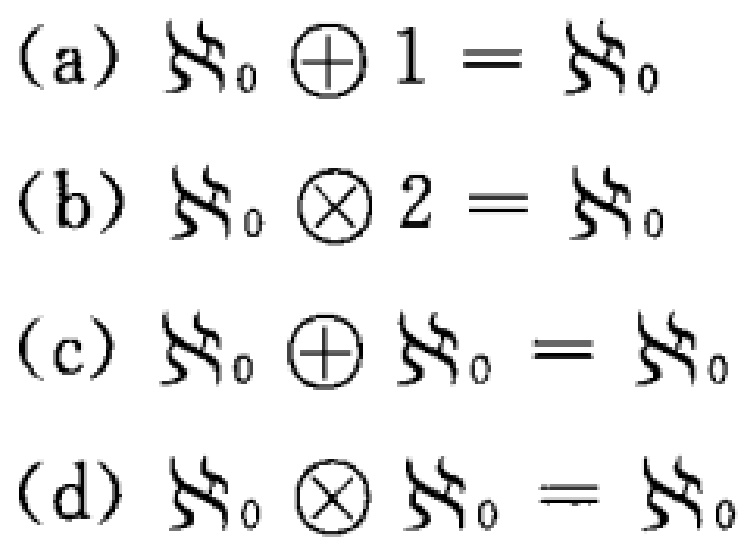
(a) \(\aleph_0 \oplus 1 = \aleph_0\)
(b) \(\aleph_0 \otimes 2 = \aleph_0\)
(c) \(\aleph_0 \oplus \aleph_0 = \aleph_0\)
(d) \(\aleph_0 \otimes \aleph_0 = \aleph_0\)